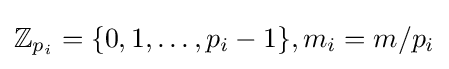
\mathbb {Z} _{p_{i}}=\{0,1,\dots ,p_{i}-1\},m_{i}=m/p_{i}